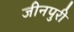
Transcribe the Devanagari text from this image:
जीनपुरी